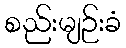
စည်းမျဉ်းခံ